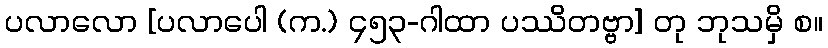
ပလာလော [ပလာပေါ (က.) ၄၅၃-ဂါထာ ပဿိတဗ္ဗာ] တု ဘုသမှိ စ။